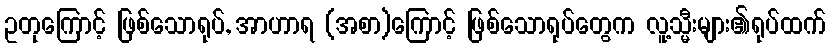
ဥတုကြောင့် ဖြစ်သောရုပ်, အာဟာရ (အစာ)ကြောင့် ဖြစ်သောရုပ်တွေက လူ့သ္မီးများ၏ရုပ်ထက်